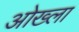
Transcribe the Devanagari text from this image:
ओख्ला